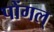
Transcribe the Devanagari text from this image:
पोंगल्